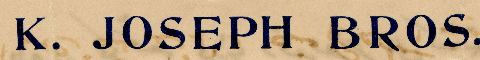
K. JOSEPH BROS.,